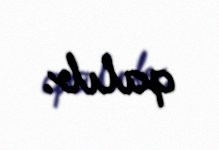
qalıb.